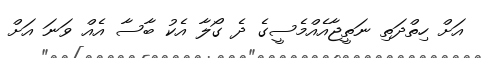
އަށް ހިތްދަތި ނަތީޖާއެއްމެސީގެ ދެ ގޯލާ އެކު ބާސާ އެއް ވަނަ އަށް